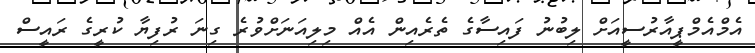
އެމްއެމްޕީއާރުސީއަށް ލިބުނު ފައިސާގެ ތެރެއިން އެއް މިލިއަނަށްވުރެ ގިނަ ރުފިޔާ ކުރީގެ ރައީސް